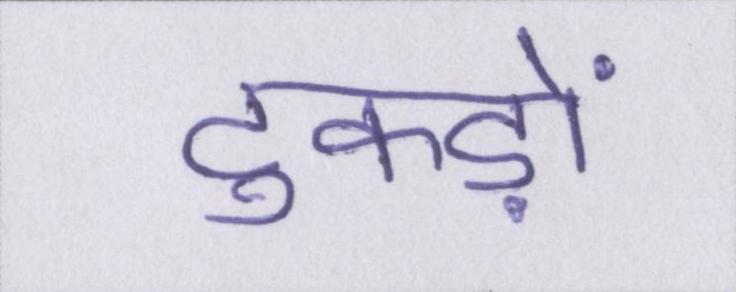
टुकड़ों